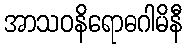
အာသဝနိရောဓဂါမိနီ